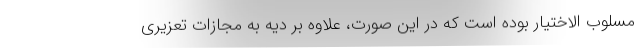
مسلوب الاختیار بوده است که در این صورت، علاوه بر دیه به مجازات تعزیری